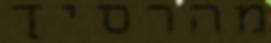
מהרסיך